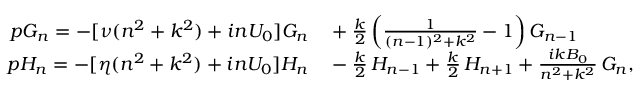
\begin{array} { r l } { p G _ { n } = - [ \nu ( n ^ { 2 } + k ^ { 2 } ) + i n U _ { 0 } ] G _ { n } } & { { } + \frac { k } { 2 } \left( \frac { 1 } { ( n - 1 ) ^ { 2 } + k ^ { 2 } } - 1 \right) G _ { n - 1 } } \\ { p H _ { n } = - [ \eta ( n ^ { 2 } + k ^ { 2 } ) + i n U _ { 0 } ] H _ { n } } & { { } - \frac { k } { 2 } \, H _ { n - 1 } + \frac { k } { 2 } \, H _ { n + 1 } + \frac { i k B _ { 0 } } { n ^ { 2 } + k ^ { 2 } } \, G _ { n } , } \end{array}